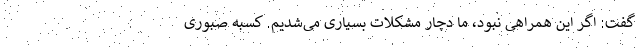
گفت: اگر این همراهی نبود، ما دچار مشکلات بسیاری می‌شدیم. کسبه صبوری